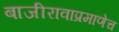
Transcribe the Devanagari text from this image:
बाजीरावाप्रमाणेच